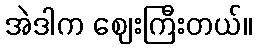
အဲဒါက ဈေးကြီးတယ်။